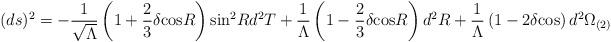
LaTeX: \begin{align*} (ds)^2 = -\frac{1}{\sqrt{\Lambda}} \left(1+\frac{2}{3} \delta {\rm cos} R\right){\rm sin}^2R d^2T + \frac{1}{\Lambda}\left(1-\frac{2}{3}\delta {\rm cos} R\right)d^2R + \frac{1}{\Lambda}\left(1-2\delta {\rm cos}\right)d^2\Omega_{(2)}\end{align*}